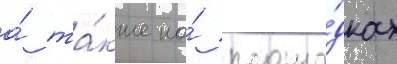
а́ та́кже на́ площа́дках